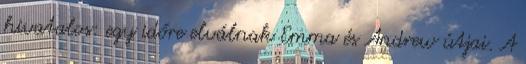
hivatalos: egy időre elválnak Emma és Andrew útjai. A